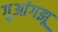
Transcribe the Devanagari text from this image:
गुआंगझू